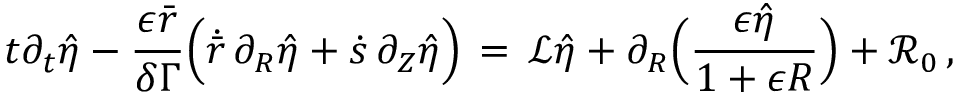
t \partial _ { t } \hat { \eta } - \frac { \epsilon \bar { r } } { \delta \Gamma } \Bigl ( \dot { \bar { r } } \, \partial _ { R } \hat { \eta } + \dot { s } \, \partial _ { Z } \hat { \eta } \Bigr ) \, = \, \mathcal { L } \hat { \eta } + \partial _ { R } \Bigl ( \frac { \epsilon \hat { \eta } } { 1 + \epsilon R } \Bigr ) + \mathcal { R } _ { 0 } \, ,